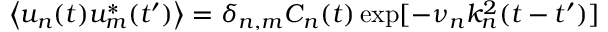
\left\langle u _ { n } ( t ) u _ { m } ^ { * } ( t ^ { \prime } ) \right\rangle = \delta _ { n , m } C _ { n } ( t ) \exp [ - \nu _ { n } k _ { n } ^ { 2 } ( t - t ^ { \prime } ) ]